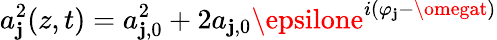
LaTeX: a_{\mathbf{j}}^{2}(z,t)=a_{\mathbf{j},0}^{2}+2a_{\mathbf{j},0}\epsilone^{i(\varphi_{\mathbf{j}}-\omegat)}